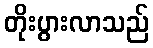
တိုးပွားလာသည်